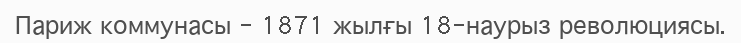
Париж коммунасы - 1871 жылғы 18-наурыз революциясы.